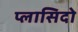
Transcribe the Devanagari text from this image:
प्लासिदो